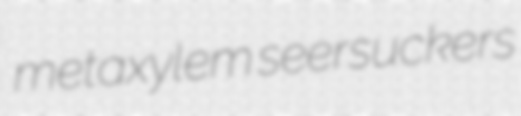
metaxylem seersuckers